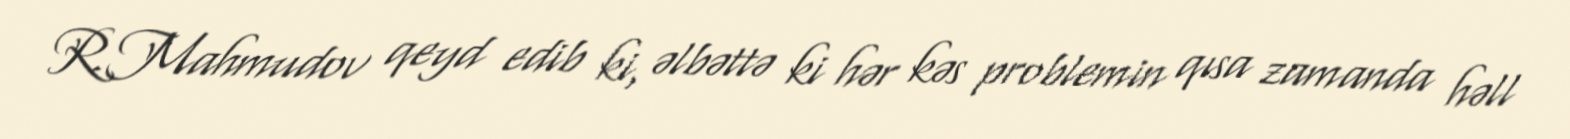
R.Mahmudov qeyd edib ki, əlbəttə ki hər kəs problemin qısa zamanda həll